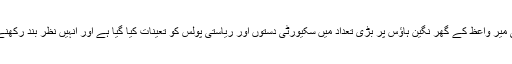
فجر کی نماز کے فوراً بعد ہی میر واعظ کے گھر نگین ہاؤس پر بڑی تعداد میں سکیورٹی دستوں اور ریاستی پولس کو تعینات کیا گیا ہے اور انہیں نظر بند رکھنے کی اطلاع دے دی گئی ہے۔